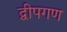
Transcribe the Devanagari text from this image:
द्वीपगण